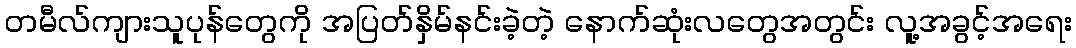
တမီလ်ကျားသူပုန်တွေကို အပြတ်နှိမ်နင်းခဲ့တဲ့ နောက်ဆုံးလတွေအတွင်း လူ့အခွင့်အရေး